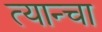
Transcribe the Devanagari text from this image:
त्यान्चा